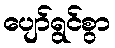
ပျော်ရွင်စွာ